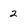
Character: 2